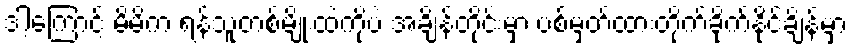
ဒါ့ကြောင့် မိမိက ရန်သူတစ်မျိုးထဲကိုပဲ အချိန်တိုင်းမှာ ပစ်မှတ်ထားတိုက်ခိုက်နိုင်ချိန်မှာ